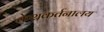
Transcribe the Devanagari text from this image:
केशकर्तनालय